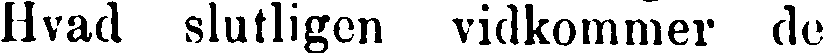
Hvad slutligen vidkommer de